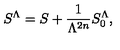
S ^ { \Lambda } = S + \frac { 1 } { \Lambda ^ { 2 n } } S _ { 0 } ^ { \Lambda } ,